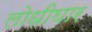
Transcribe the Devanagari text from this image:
लोधीघार